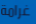
غرامة